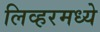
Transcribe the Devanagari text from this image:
लिव्हरमध्ये